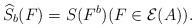
LaTeX: \begin{align*}\widehat S_b(F)=S(F^b)(F\in\mathcal E(A)).\end{align*}